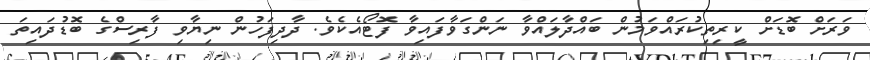
ވަރަށް ބޮޑަށް ކީރިތިކުރައްވަމުން ބައްދާލައްވާ ނަންގަވާފައިވާ ފޮޓޯއެކެވެ. ދާދިފަހުން ނިޔާވި ފާރިސްގެ ބޮޑުދައިތަ